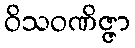
ဝိသဝဏိဇ္ဇာ